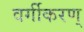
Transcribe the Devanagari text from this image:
वर्गीकरण्